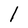
Character: l